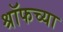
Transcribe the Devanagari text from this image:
श्रॉफच्या